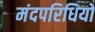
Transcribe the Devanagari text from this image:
मंदपरिधियों